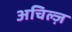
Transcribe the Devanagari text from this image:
अचिल्ज़